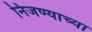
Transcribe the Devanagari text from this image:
निजण्याच्या